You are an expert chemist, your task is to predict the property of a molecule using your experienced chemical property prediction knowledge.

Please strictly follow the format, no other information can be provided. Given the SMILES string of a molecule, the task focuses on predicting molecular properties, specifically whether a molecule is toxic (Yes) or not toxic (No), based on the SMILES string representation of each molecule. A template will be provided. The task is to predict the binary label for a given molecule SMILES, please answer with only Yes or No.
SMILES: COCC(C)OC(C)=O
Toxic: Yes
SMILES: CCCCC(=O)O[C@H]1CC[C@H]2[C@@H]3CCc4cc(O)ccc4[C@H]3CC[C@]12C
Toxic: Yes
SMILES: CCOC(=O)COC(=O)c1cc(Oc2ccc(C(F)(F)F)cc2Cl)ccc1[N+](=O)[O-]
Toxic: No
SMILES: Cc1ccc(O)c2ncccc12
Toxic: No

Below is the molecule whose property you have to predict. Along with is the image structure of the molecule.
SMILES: Cc1cc(O)ccc1N
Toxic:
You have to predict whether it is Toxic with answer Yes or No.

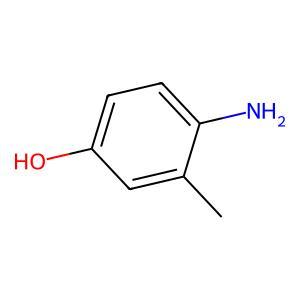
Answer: No